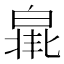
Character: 𤾐